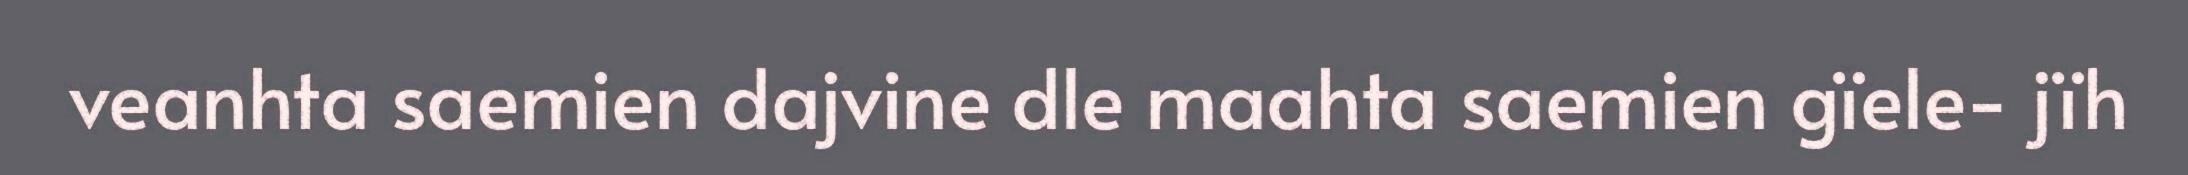
veanhta saemien dajvine dle maahta saemien gïele- jïh